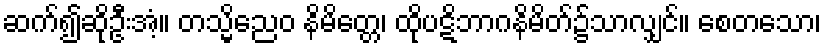
ဆက်၍ဆိုဦးအံ့။ တသ္မိညေဝ နိမိတ္တေ၊ ထိုပဋိဘာဂနိမိတ်၌သာလျှင်။ စေတသော၊